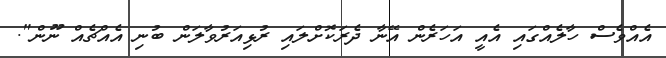
އެއްވެސް ހާލެއްގައި އެއީ އަހަރެން އޭނާ ދެރަކޮށްލައި ރުޅިއަރުވާލަން ބުނި އެއްޗެއް ނޫން".